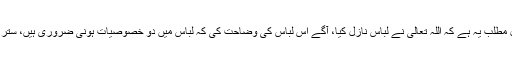
میرے خیال میں آیت کا اصل مطلب یہ ہے کہ اللہ تعالیٰ نے لباس نازل کیا، آگے اس لباس کی وضاحت کی کہ لباس میں دو خصوصیات ہونی ضروری ہیں، ستر چھپائے اور باعث زینت ہو۔